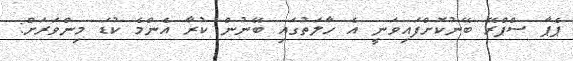
ޕެޕާ ސްޕްރޭ ބޭނުކޮށްފައިވަނީ އެ ހާލަތުގައި ބޭނުން ކުރާ އެންމެ ކުޑަ މިންވަރަށް: